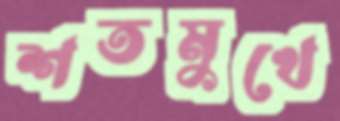
শতমুখে